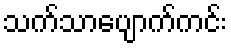
သက်သာပျောက်ကင်း